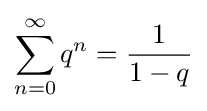
\sum _{n=0}^{\infty }q^{n}={\frac {1}{1-q}}